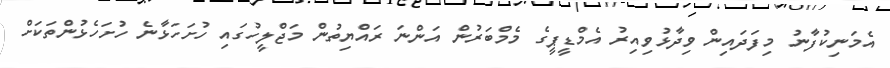
އެމަނިކުފާނު މިފަދައިން ވިދާޅުވިއިރު އެމްޑީޕީގެ މެމްބަރުން އަންނަ ރައްޔިތުން މަޖްލީހުގައި ހުށަހަޅާނެ ހުށަހެޅުންތަކަށް